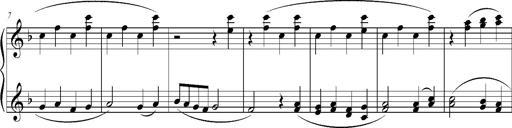
Title: Ave Maria d' Arcadelt
Composer: Franz Liszt